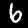
Digit: 6